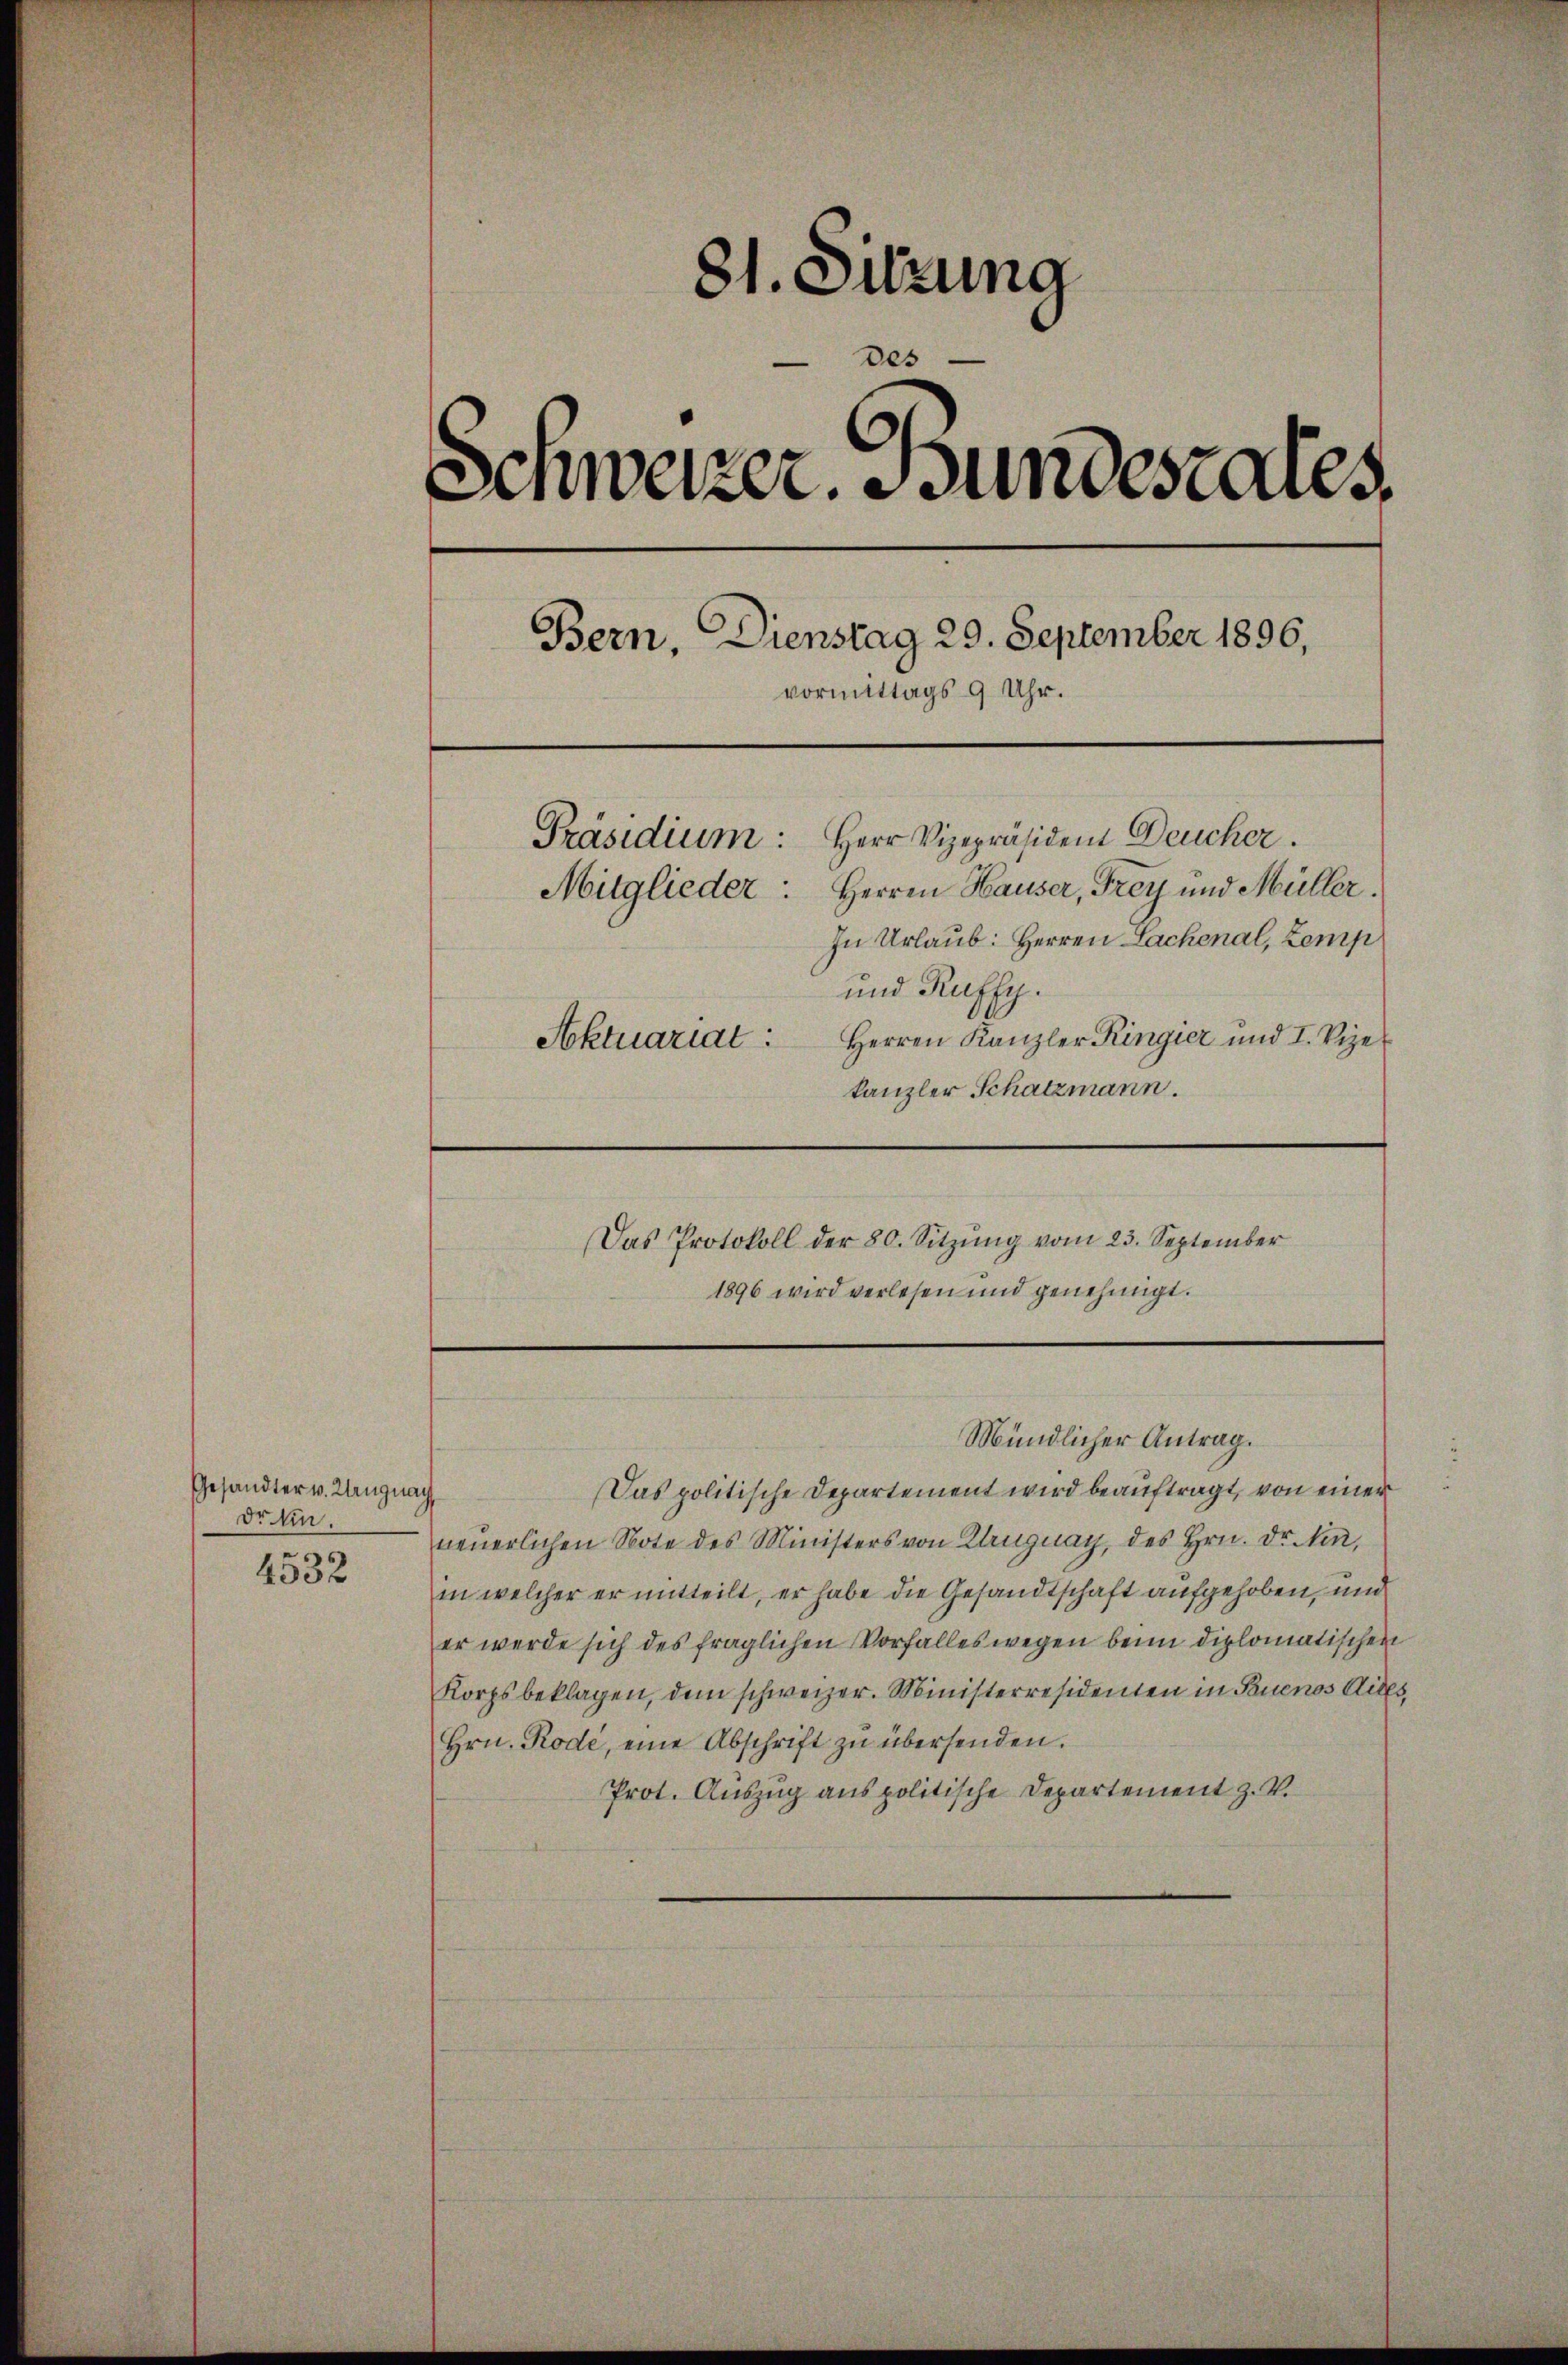
Gesandter v. Langnach
Dr bin.
4532

81. Sitzung
des
Senweizer. Bundestares,
Bern, Dienstag 29. September 1896,
vormittags 9 Uhr.
Präsidium: Herr Vizepräsident Deucher.
Mitglieder: Herren Hauser, Frey und Müller.
In Urlaub: Herren Lachenal, Zemp
und Ruffy.
Aktuariat: Herren Kanzler Ringier und I. Vize-
kanzler Schatzmann.

Das Protokoll der 80. Sitzŭng vom 23. September
1896 wird verlesen und genehmigt.

Mündlicher Antrag.

Das politische Departement wird beauftragt, von einer
neuerlichen Note des Ministers von Kruguay, des Hrn. Dr. Sin
in welcher er mitteilt, er habe die Gesandtschaft aufgehoben, und
er werde sich des fraglichen Vorfalles wegen beim diplomatischen
Korps beklagen, dem schweizer. Ministerresidenten in Buenos Aires,
Hrn. Rode, eine Abschrift zŭ übersenden.
Prot. Auszug aus politische Departement z. V.